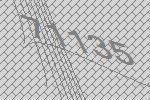
71135